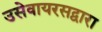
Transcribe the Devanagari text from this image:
उसेवायरसद्वारा